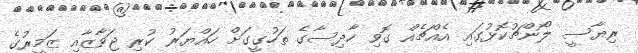
ރިޔާސީ ލޯންޗުކޮޅުގައި އެއްޗެއް ގޮވި ހާދިސާގެ ތަހުގީގަށް ހައްޔަރު ކުރި ޖަވާޒާއި ޒަމީރުގެ